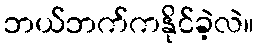
ဘယ်ဘက်ကနိုင်ခဲ့လဲ။